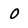
Character: 0